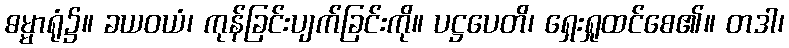
ဓမ္မာရုံ၌။ ခယဝယံ၊ ကုန်ခြင်းပျက်ခြင်းကို။ ပဋ္ဌပေတိ၊ ရှေးရှုထင်စေ၏။ တဒါ၊